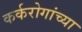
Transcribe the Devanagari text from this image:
कर्करोगांच्या